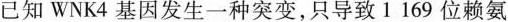
已知WNK4基因发生一种突变，只导致1 169位赖氨